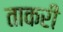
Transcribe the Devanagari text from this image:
ताकरी